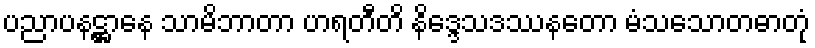
ပညာပနဋ္ဌာနေ သာမိဘာတာ ဟရတီတိ နိဒ္ဒေသဒဿနတော မံသသောတဓာတုံ